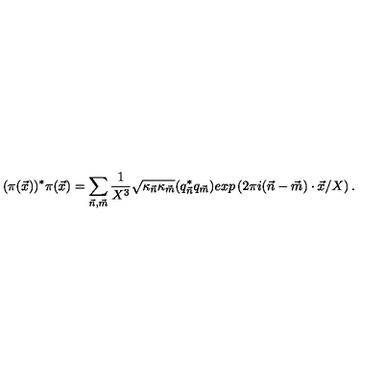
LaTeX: ( \pi ( { \vec { x } } ) ) ^ { * } \pi ( { \vec { x } } ) = \sum _ { \vec { n } , \vec { m } } \frac { 1 } { X ^ { 3 } } { \sqrt { \kappa _ { \vec { n } } \kappa _ { \vec { m } } } } ( q _ { \vec { n } } ^ { * } q _ { \vec { m } } ) e x p \left( 2 \pi i ( { \vec { n } } - { \vec { m } } ) \cdot { \vec { x } } / X \right) .